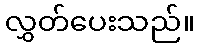
လွှတ်ပေးသည်။